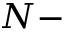
N -